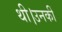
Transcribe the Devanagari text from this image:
थी।उनकीं